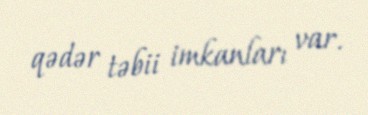
qədər təbii imkanları var.